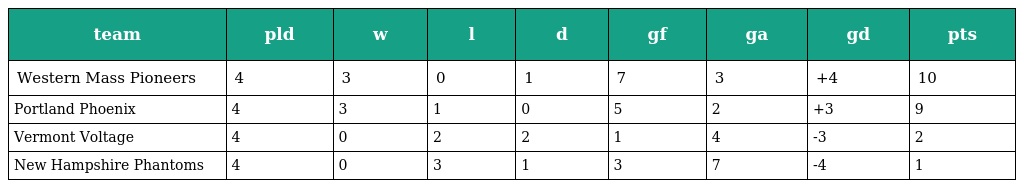
| team | pld | w | l | d | gf | ga | gd | pts |
 | --- | --- | --- | --- | --- | --- | --- | --- | --- |
 | Western Mass Pioneers | 4 | 3 | 0 | 1 | 7 | 3 | +4 | 10 |
 | Portland Phoenix | 4 | 3 | 1 | 0 | 5 | 2 | +3 | 9 |
 | Vermont Voltage | 4 | 0 | 2 | 2 | 1 | 4 | -3 | 2 |
 | New Hampshire Phantoms | 4 | 0 | 3 | 1 | 3 | 7 | -4 | 1 |